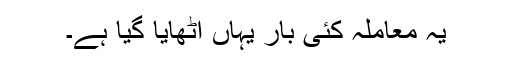
یہ معاملہ کئی بار یہاں اٹھایا گیا ہے۔